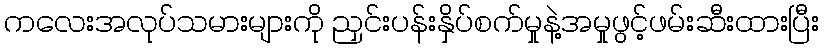
ကလေးအလုပ်သမားများကို ညှင်းပန်းနှိပ်စက်မှုနဲ့အမှုဖွင့်ဖမ်းဆီးထားပြီး